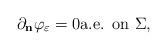
LaTeX: \begin{align*} \partial_{\bf{n}} \varphi_{\varepsilon} = 0 \textrm{a.e. on $\Sigma$,}\end{align*}